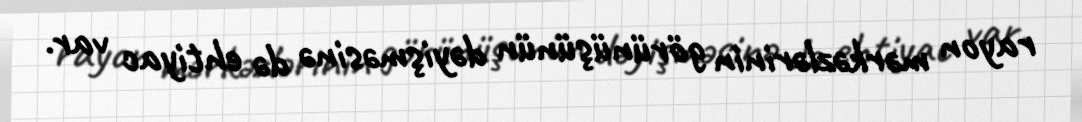
rayon mərkəzlərinin görünüşünün dəyişməsinə də ehtiyac var.